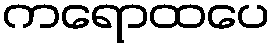
ကရောထပေ